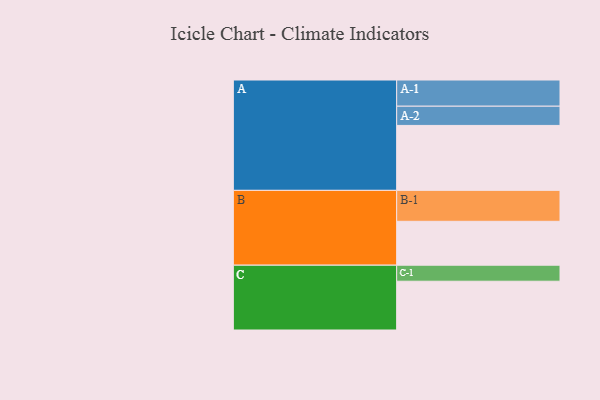
{"axis": {"x": "Segment", "y": "Value"}, "legend": ["", "A", "B", "C"], "data": [{"x": "A", "y": 466, "type": ""}, {"x": "B", "y": 315, "type": ""}, {"x": "C", "y": 350, "type": ""}, {"x": "A-1", "y": 188, "type": "A"}, {"x": "A-2", "y": 138, "type": "A"}, {"x": "B-1", "y": 222, "type": "B"}, {"x": "C-1", "y": 115, "type": "C"}]}